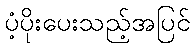
ပံ့ပိုးပေးသည့်အပြင်